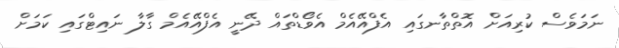
ނަމަވެސް ކުރިއަށް އޮތްތާނގައި އެފްއޭއެމް އެވޯޑްތައް ދޭނީ އެފްއޭއެމް ގާލާ ނައިޓްގައި ކަމަށް